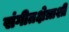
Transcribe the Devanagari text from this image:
संगीतक्षेत्राशी